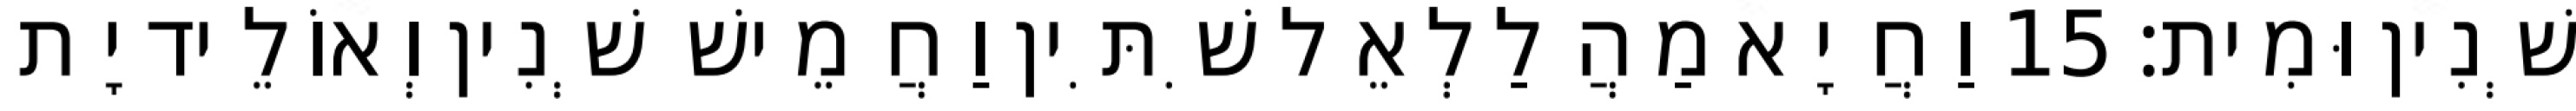
שְׁנִין וּמִית׃ 15 וַחֲיָא מַהֲלַלְאֵל שִׁתִּין וַחֲמֵישׁ שְׁנִין וְאוֹלֵיד יָת